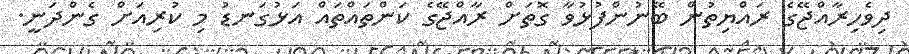
ދިވެހިރާއްޖޭގެ ރައްޔިތުން ބޭނުންފުޅުވާ ގޮތަށް ރާއްޖޭގެ ކަންތައްތައް އަޅުގަނޑު މި ކުރިއަށް ގެންދަނީ.